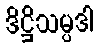
ဒိဋ္ဌိသမ္ပဒါ